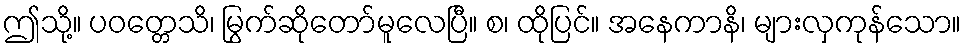
ဤသို့။ ပဝတ္တေသိ၊ မြွက်ဆိုတော်မူလေပြီ။ စ၊ ထိုပြင်။ အနေကာနိ၊ များလှကုန်သော။